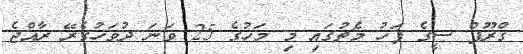
ގްރޫޕް ސީގެ ފަހު މެޗުގައި މި މަހުގެ 25 ވަނަ ދުވަހުގެރޭ ރާއްޖެ